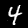
Digit: 4